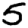
Digit: 5